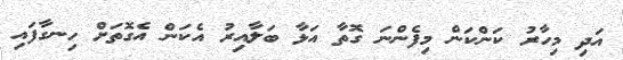
އަދި މިހާރު ކަންކަން މިފެންނަ ގޮތާ އަޅާ ބަލާއިރު އެކަން އެގޮތަށް ހިނގާފައި